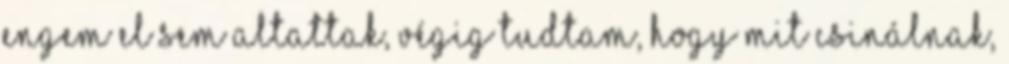
engem el sem altattak, végig tudtam, hogy mit csinálnak,